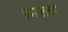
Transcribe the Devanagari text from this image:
प्रमालक्षण